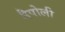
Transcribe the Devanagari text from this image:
नैपोली